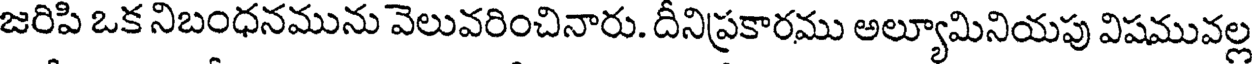
జరిపి ఒక నిబంధనమును వెలువరించినారు. దీనిప్రకారము అల్యూమినియపు విషమువల్ల